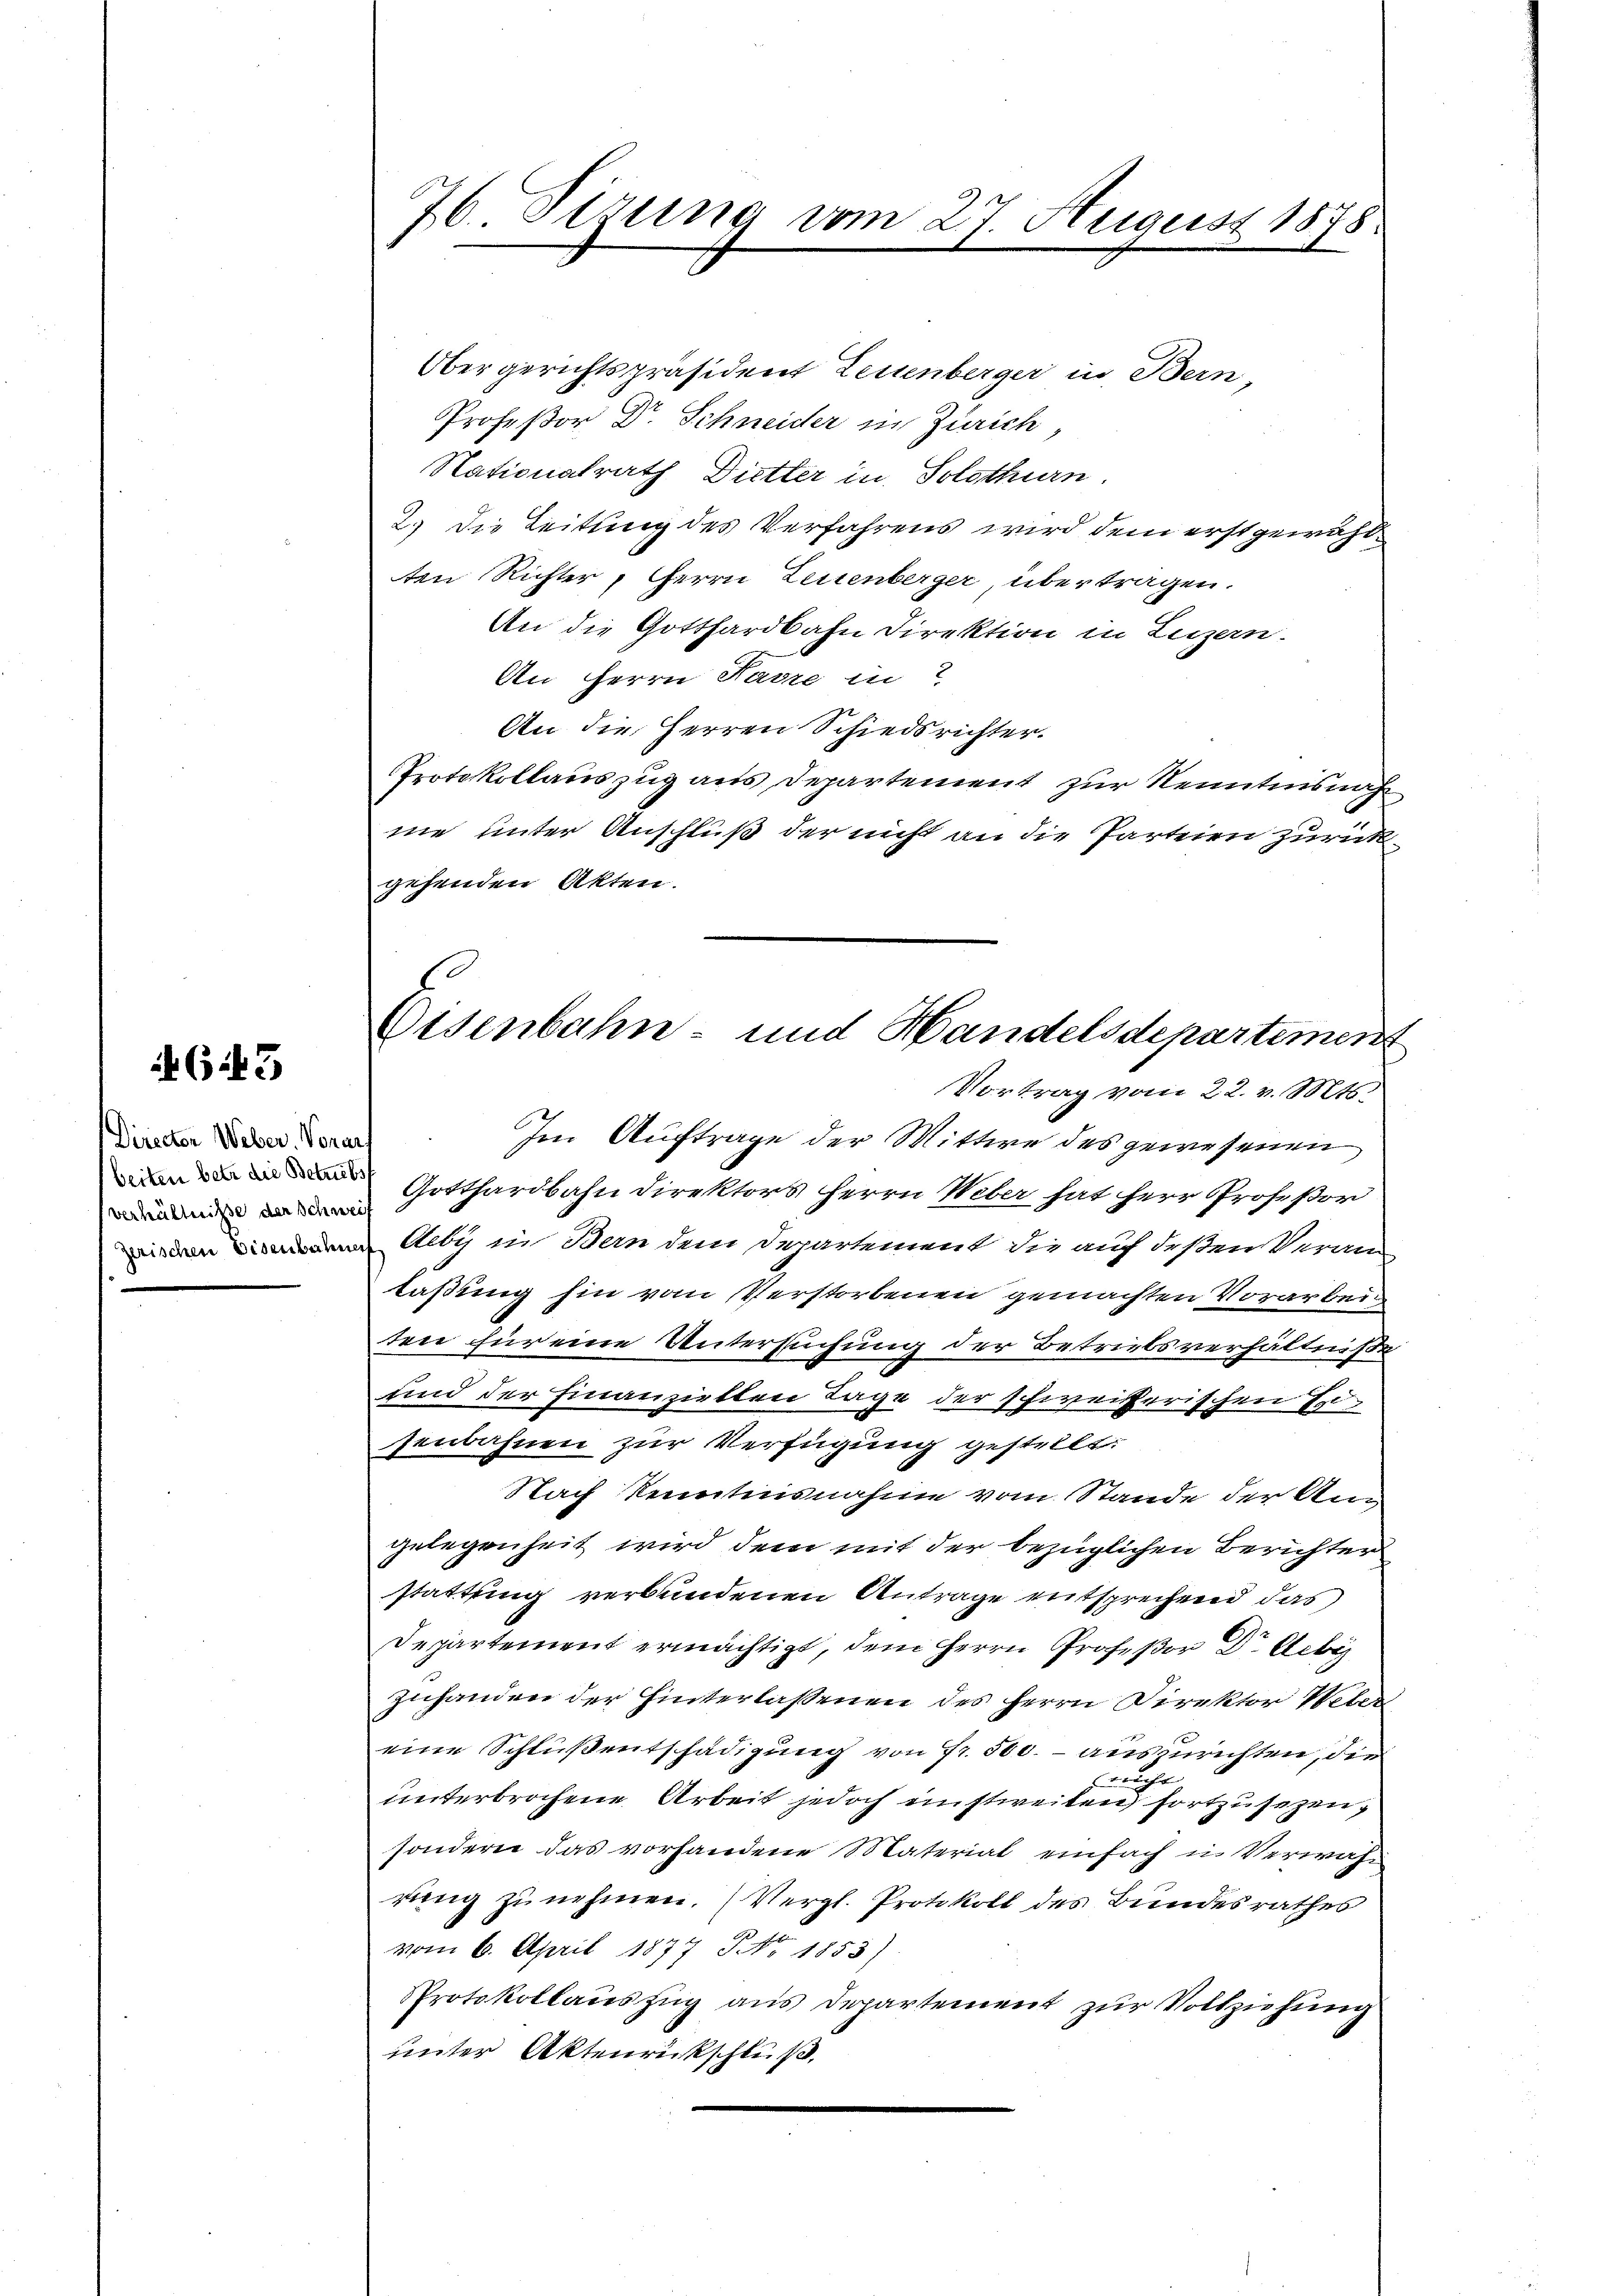
643

Director Weber. Vorar.
beiten betr. die Betriebs
verhältniße der Schwei
zerischen Eisenbahner

76 Sirung vom 27. August 1878

Obergerichtspräsident Leuenberger in Bern,
Profeßor Dr. Schneider in Zürich
Nationalrath Dietter in Solothurn.
2.) Die Leitung des Verfahrens wird dem erstgewählten Richter, Herrn Leuenberger übertragen.
An die Gotthardbahn Direktion in Luzern.
An Herrn Favre in
An die Herren Schiedsrichter.
Protokollauszug aus Departement zur Kenntnisnah
nie unter Anschluß der nicht an die Parteien zurück
gehenden Akten.
Im Auftrage der Mittwe des gewesenen
Gotthardbahn direktors Herrn Weber hat herr Profeßor
Ueby in Bern dem Departement die auf deßen Verantaßung hin vom Verstorbenen gemachten Vorarbeig
ten für eine Untersuchung der Betriebsverhältniße
und der Finanziellen Tage der schweizerischen Eisenbahnen zur Verfügung gestellt.
Nach kenntensnahme vom Stande der Angelegenheit wird dem mit der bezüglichen Berichter
stattung verbundenen Antrage entsprechend das
Departement ermächtigt, dem Herrn Profeßor Dr. Lebe
zuhanden der Hinterlassenen des Herrn Direktor Weber
eine Schluß entschädigung von Fr. 500. - auszurichten, die
ericht
unterbrochene Arbeit jedoch einstweilen fortzusezen,
sondern das vorhandene Material einfach u. Verwahrung zu nehmen. (Vergl. Protokoll des Bundesrathes
vom 6. April 1877 NNo. 1853)
Protokollauszug aus Departement zur Vollziehung
unter Aktenrückschluß.

Eisenbahn- und Handelsdepartemen
Vortrag vom 22. v. Mts.